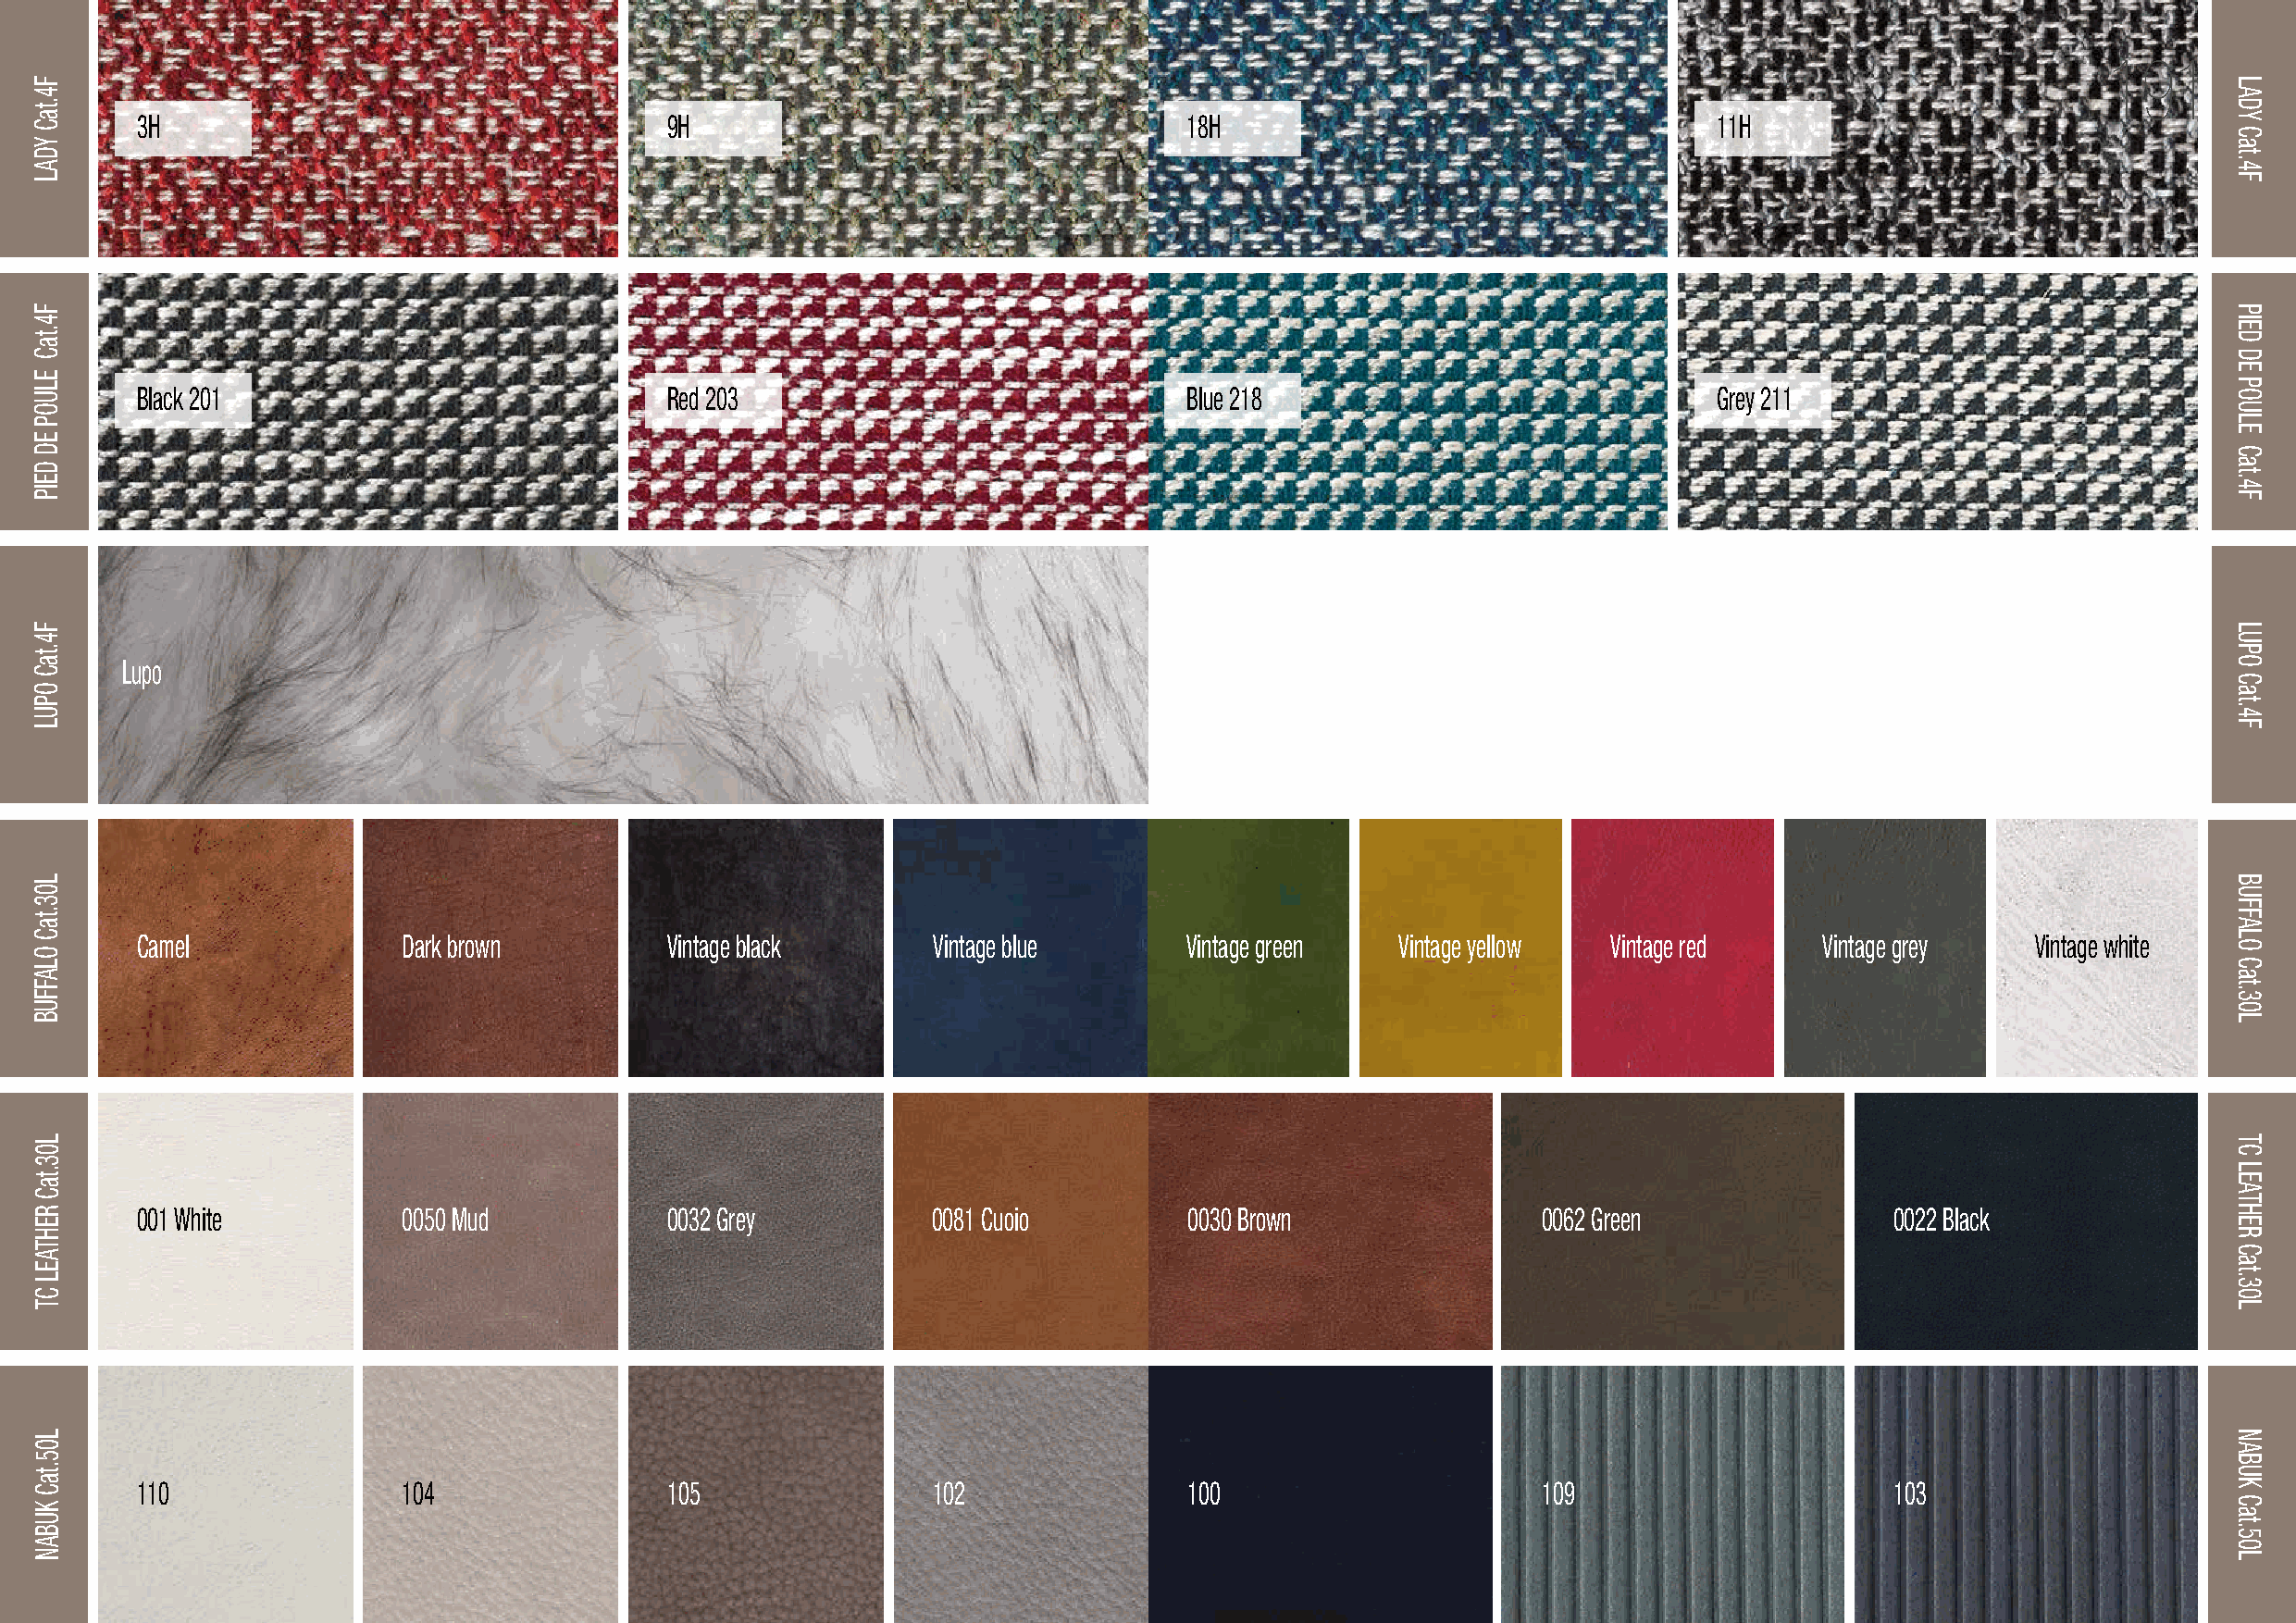
191
 3H                                    9H                                   18H                                   11H
 Black 201                             Red 203                              Blue 218                              Grey 211
 Lupo
 Camel              Dark brown         Vintage black      Vintage blue      Vintage green  Vintage yellow Vintage red    Vintage grey    Vintage white
 001 White          0050 Mud           0032 Grey          0081 Cuoio        0030 Brown               0062 Green               0022 Black
 110                104                105                102               100                      109                      103
 F4.taC
 YDAL
 F4.taC
 ELUOP
 ED
 DEIP
 F4.taC
 OPUL
 L03.taC
 OLAFFUB
 L03.taC
 REHTAEL
 CT
 L05.taC
 KUBAN
 LADY
 Cat.4F
 PIED
 DE
 POULE
 Cat.4F
 LUPO
 Cat.4F
 BUFFALO
 Cat.30L
 TC
 LEATHER
 Cat.30L
 NABUK
 Cat.50L